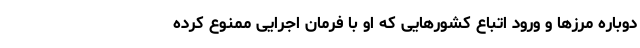
دوباره مرزها و ورود اتباع کشورهایی که او با فرمان اجرایی ممنوع کرده